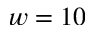
w = 1 0